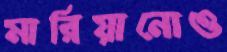
মারিয়ানোও